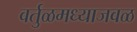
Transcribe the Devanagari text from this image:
वर्तुळमध्याजवळ